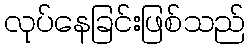
လုပ်နေခြင်းဖြစ်သည်